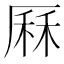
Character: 厤